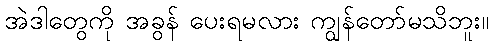
အဲဒါတွေကို အခွန် ပေးရမလား ကျွန်တော်မသိဘူး။